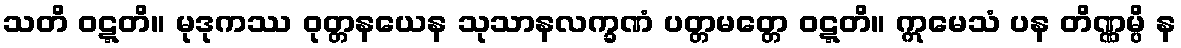
သတိ ဝဋ္ဋတိ။ မုဒုကဿ ဝုတ္တနယေန သုသာနလက္ခဏံ ပတ္တမတ္တေ ဝဋ္ဋတိ။ ဣမေသံ ပန တိဏ္ဏမ္ပိ န